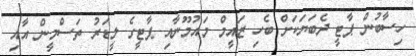
ހިސާބުން ޕާޓީ ދެބަޔަކަށް ބެހި ޒައީމް މައުމޫނާއި ޕާޓީގެ ލީޑަރު ތަސްމީން އާއި